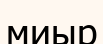
миыр